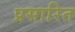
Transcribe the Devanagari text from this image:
प्रसारित